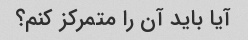
آیا باید آن را متمرکز کنم؟